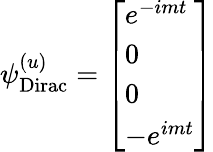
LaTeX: \psi_{\mathrm{{Dirac}}}^{(u)}={\left[\begin{array}{l}{e^{-imt}}\\ {0}\\ {0}\\ {-e^{imt}}\end{array}\right]}